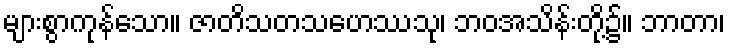
များစွာကုန်သော။ ဇာတိသတသဟေဿသု၊ ဘဝအသိန်းတို့၌။ ဘာတာ၊